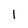
Character: l